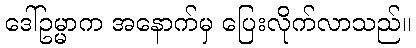
ဒေါ်ဥမ္မာက အနောက်မှ ပြေးလိုက်လာသည်။